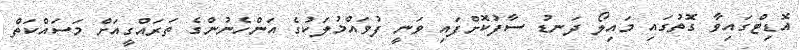
އޮޑިޓްގައިވާ ގޮތުގައި މައިލޯ ދަނޑު ސާފުކޮށްފައި ވަނީ ފުވައްމުލަކުގެ އަންހެނުންގެ ތަރައްގީއަށް މަސައްކަތް